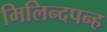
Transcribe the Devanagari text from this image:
मिलिन्दपन्ह